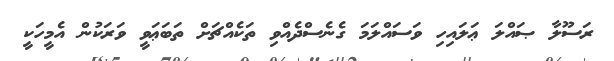
ރަސޫލާ ޞައްލަ ޢަލައިހި ވަސައްލަމަ ގެނެސްދެއްވި ތަކެއްޗަށް ތަބަޢަވީ ވަރަކުން އެމީހަކީ